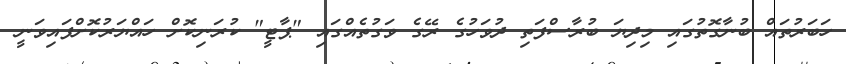
ހަބަރުތައް ބުނާގޮތުގައި މިދިޔަ ބުރާސްފަތި ދުވަހުގެ ރޭގެ ވަގުތެއްގައި "ޕާޓީ" ކުރަނިކޮށް ހައްޔަރުކޮށްފައިވަނީ